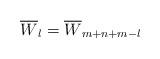
LaTeX: \begin{align*}\overline{W}_l=\overline{W}_{m+n+m-l}\end{align*}